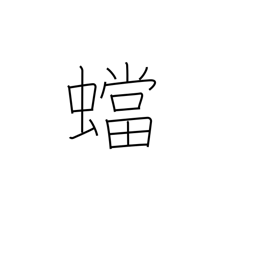
Meaning: mantis